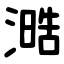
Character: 㵆